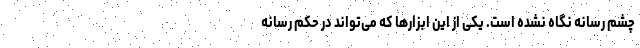
چشم رسانه نگاه نشده است. یکی از این ابزار‌ها که می‌تواند در حکم رسانه